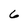
Character: 6